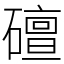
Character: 䃪